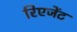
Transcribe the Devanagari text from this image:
रिएजेंट